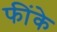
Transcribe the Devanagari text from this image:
फींके